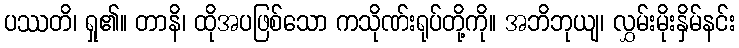
ပဿတိ၊ ရှု၏။ တာနိ၊ ထိုအပဖြစ်သော ကသိုဏ်းရုပ်တို့ကို။ အဘိဘုယျ၊ လွှမ်းမိုးနှိမ်နင်း